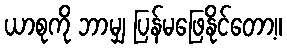
ယာစုကို ဘာမျှ ပြန်မဖြေနိုင်တော့။